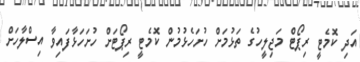
އަދި ކޮމެޓީ ރިޕޯޓް މަޖިލީހުގެ ތަޅުމަށް ހުށަހެޅުމުން ކޮމެޓީ ރިޕޯޓަށް ހުށަހަޅާފައިވާ އިސްލާހަށް